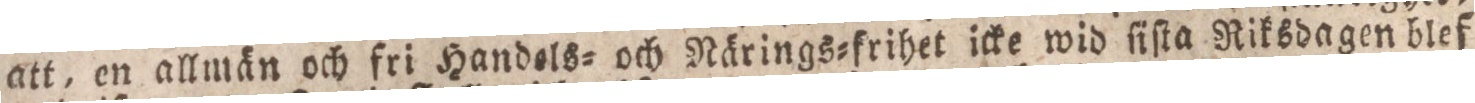
att, en allmän och fri Handels= och Närings=frihet icke wid ſiſta Riksdagen blef